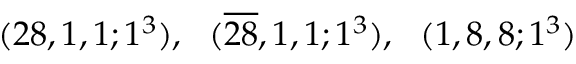
( 2 8 , 1 , 1 ; 1 ^ { 3 } ) , ~ ~ ( \overline { { { 2 8 } } } , 1 , 1 ; 1 ^ { 3 } ) , ~ ~ ( 1 , 8 , 8 ; 1 ^ { 3 } )